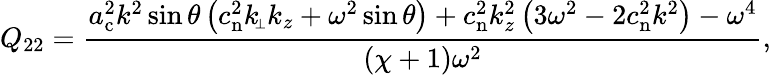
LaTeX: Q_{22}=\frac{a_{\mathrm{c}}^{2}k^{2}\sin\theta\left(c_{\mathrm{n}}^{2}k_{\scriptscriptstyle\! \perp}k_{z}+\omega^{2}\sin\theta\right)+c_{\mathrm{n}}^{2}k_{z}^{2}\left(3\omega^{2}-2c_{\mathrm{n}}^{2}k^{2}\right)-\omega^{4}}{(\chi+1)\omega^{2}},